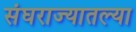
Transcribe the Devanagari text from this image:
संघराज्यातल्या